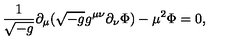
\frac { 1 } { \sqrt { - g } } \partial _ { \mu } ( \sqrt { - g } g ^ { \mu \nu } \partial _ { \nu } \Phi ) - \mu ^ { 2 } \Phi = 0 ,